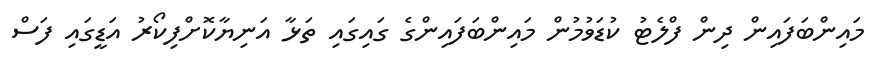
މައިންބަފައިން ދިން ފްލެޓު ކުޑަވުމުން މައިންބަފައިންގެ ގައިގައި ތަޅާ އަނިޔާކޮށްފިކޯރު އަޑީގައި ފަސް